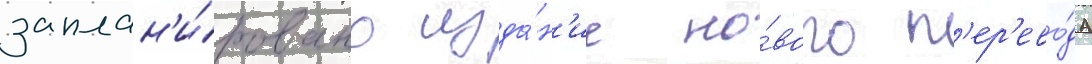
заплан'и́ровано изда́н'ие но́вого п'ер'ево́да